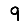
Digit: 9